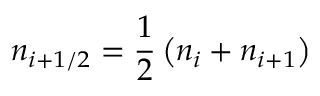
n _ { i + 1 / 2 } = \frac { 1 } { 2 } \left( n _ { i } + n _ { i + 1 } \right)